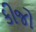
કીજો